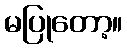
မပြုတော့။